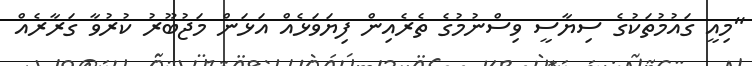
"މިއީ ގައުމުތަކުގެ ސިޔާސީ ވިސްނުމުގެ ތެރެއިން ފިޔަވަޅެއް އަޅަން މަޖުބޫރު ކުރުވާ ގަރާރެއް